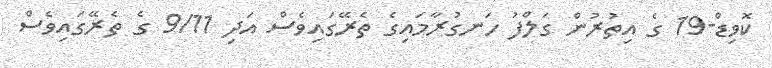
ކޮވިޑް-19 ގެ އިތުރުން ގަލްފު ހަނގުރާމައިގެ ތެރޭގައިވެސް އަދި 9/11 ގެ ތެރޭގައިވެސް